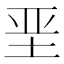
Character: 垩